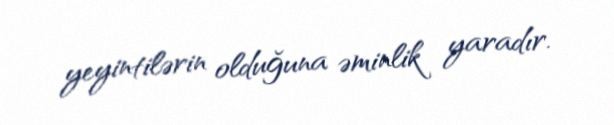
yeyintilərin olduğuna əminlik yaradır.